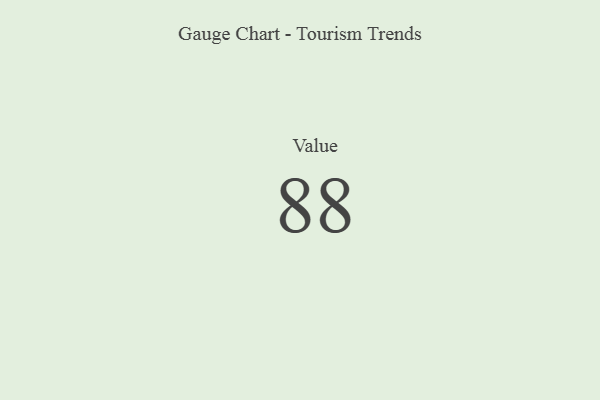
{"axis": {"x": "Metric", "y": "Value"}, "legend": [""], "data": [{"x": "Value", "y": 88, "type": ""}]}